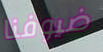
ضيوفنا